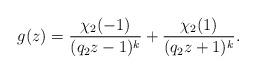
LaTeX: \begin{align*}g(z)=\frac{\chi_2(-1)}{(q_2 z -1)^k}+\frac{\chi_2(1)}{(q_2 z +1)^k}.\end{align*}